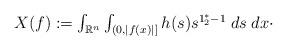
LaTeX: \begin{align*}\begin{array}{l}X(f) := \int_{\mathbb{R}^{n}} \int_{(0,|f(x)|]} h(s) s^{1_{2}^{*} - 1} \; ds \; dx \cdot\end{array}\end{align*}